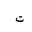
Letter: _ta